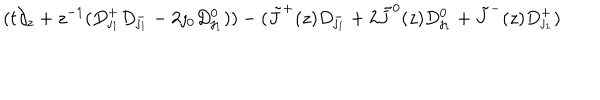
LaTeX: ( t \partial _ { z } + z ^ { - 1 } ( D _ { \jmath _ { 1 } } ^ { + } D _ { \jmath _ { 1 } } ^ { - } - 2 \jmath _ { 0 } D _ { \jmath _ { 1 } } ^ { 0 } ) ) - ( \tilde { J } ^ { + } ( z ) D _ { \jmath _ { 1 } } ^ { - } + 2 \tilde { J } ^ { 0 } ( z ) D _ { \jmath _ { 1 } } ^ { 0 } + \tilde { J } ^ { - } ( z ) D _ { \jmath _ { 1 } } ^ { + } )